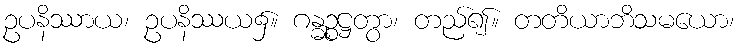
ဥပနိဿာယ၊ ဥပနိဿယ၌။ ဂန္ဓဉ္စဋ္ဌတွာ၊ တည်၍။ တတိယာဘိသမယော၊